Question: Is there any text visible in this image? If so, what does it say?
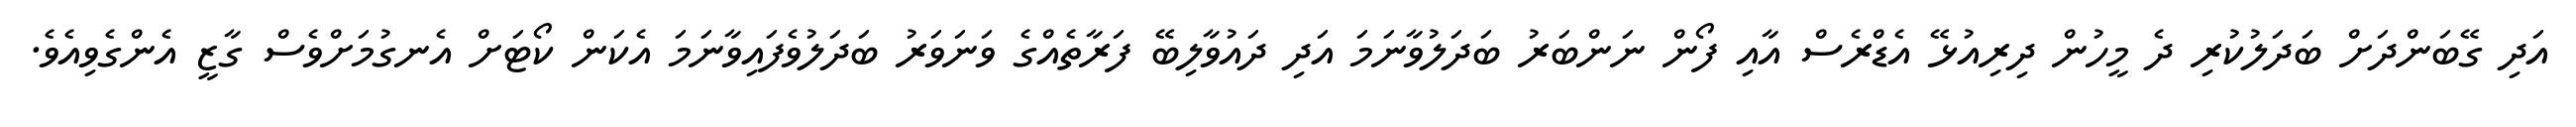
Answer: އަދި ގޭބަންދަށް ބަދަލުކުރި ދެ މީހުން ދިރިއުޅޭ އެޑްރެސް އާއި ފޯން ނަންބަރު ބަދަލުވާނަމަ އަދި ދައުވާލިބޭ ފަރާތެއްގެ ވަނަވަރު ބަދަލުވެފައިވާނަމަ އެކަން ކޯޓަށް އެނގުމަށްވެސް ގާޒީ އެންގެވިއެވެ.